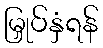
မြှုပ်နှံရန်